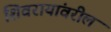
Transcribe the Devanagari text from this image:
शिवरायांवरील